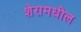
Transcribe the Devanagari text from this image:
शेरामधील